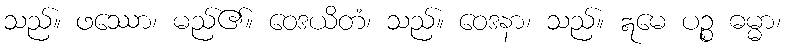
သည်။ ဖဿော၊ မည်၏။ ဝေဒယိတံ၊ သည်။ ဝေဒနာ၊ သည်။ ဣမေ ပဉ္စ ဓမ္မာ၊